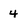
Character: 4